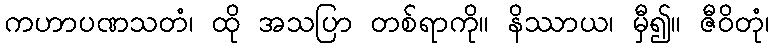
ကဟာပဏသတံ၊ ထို အသပြာ တစ်ရာကို။ နိဿာယ၊ မှီ၍။ ဇီဝိတုံ၊